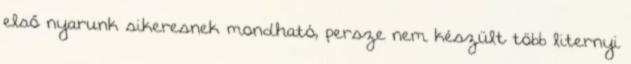
első nyarunk sikeresnek mondható, persze nem készült több liternyi